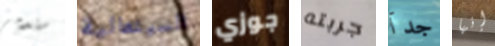
ستدمر السينمائية جوزي جربته جدآ إنها